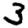
Digit: 3